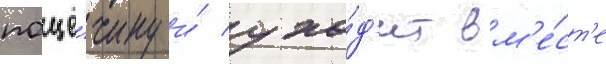
пощё́чину и́ ухо́д'ит вм'е́ст'е